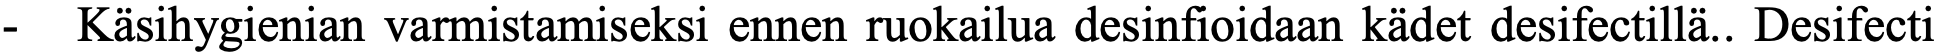
-  Käsihygienian varmistamiseksi ennen ruokailua desinfioidaan kädet desifectillä.. Desifecti